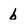
Character: b